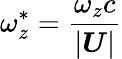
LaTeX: \omega_{z}^{*}=\frac{\omega_{z}c}{|\boldsymbol{U}|}